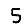
Digit: 5